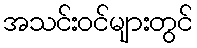
အသင်းဝင်များတွင်